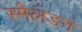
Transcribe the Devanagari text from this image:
स्मैलडन